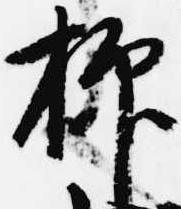
抑